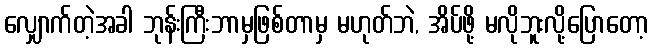
လျှောက်တဲ့အခါ ဘုန်းကြီးဘာမှဖြစ်တာမှ မဟုတ်ဘဲ, အိပ်ဖို့ မလိုဘူးလို့ပြောတော့